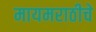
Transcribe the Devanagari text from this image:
मायमराठीचे